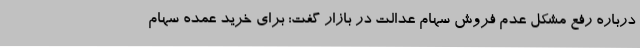
درباره رفع مشکل عدم فروش سهام عدالت در بازار گفت: برای خرید عمده سهام